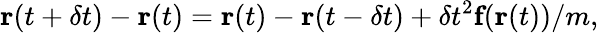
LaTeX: \textbf{r}(t+\delta t)-\textbf{r}(t)=\textbf{r}(t)-\textbf{r}(t-\delta t)+\delta t^{2}\textbf{f}(\textbf{r}(t))/m,